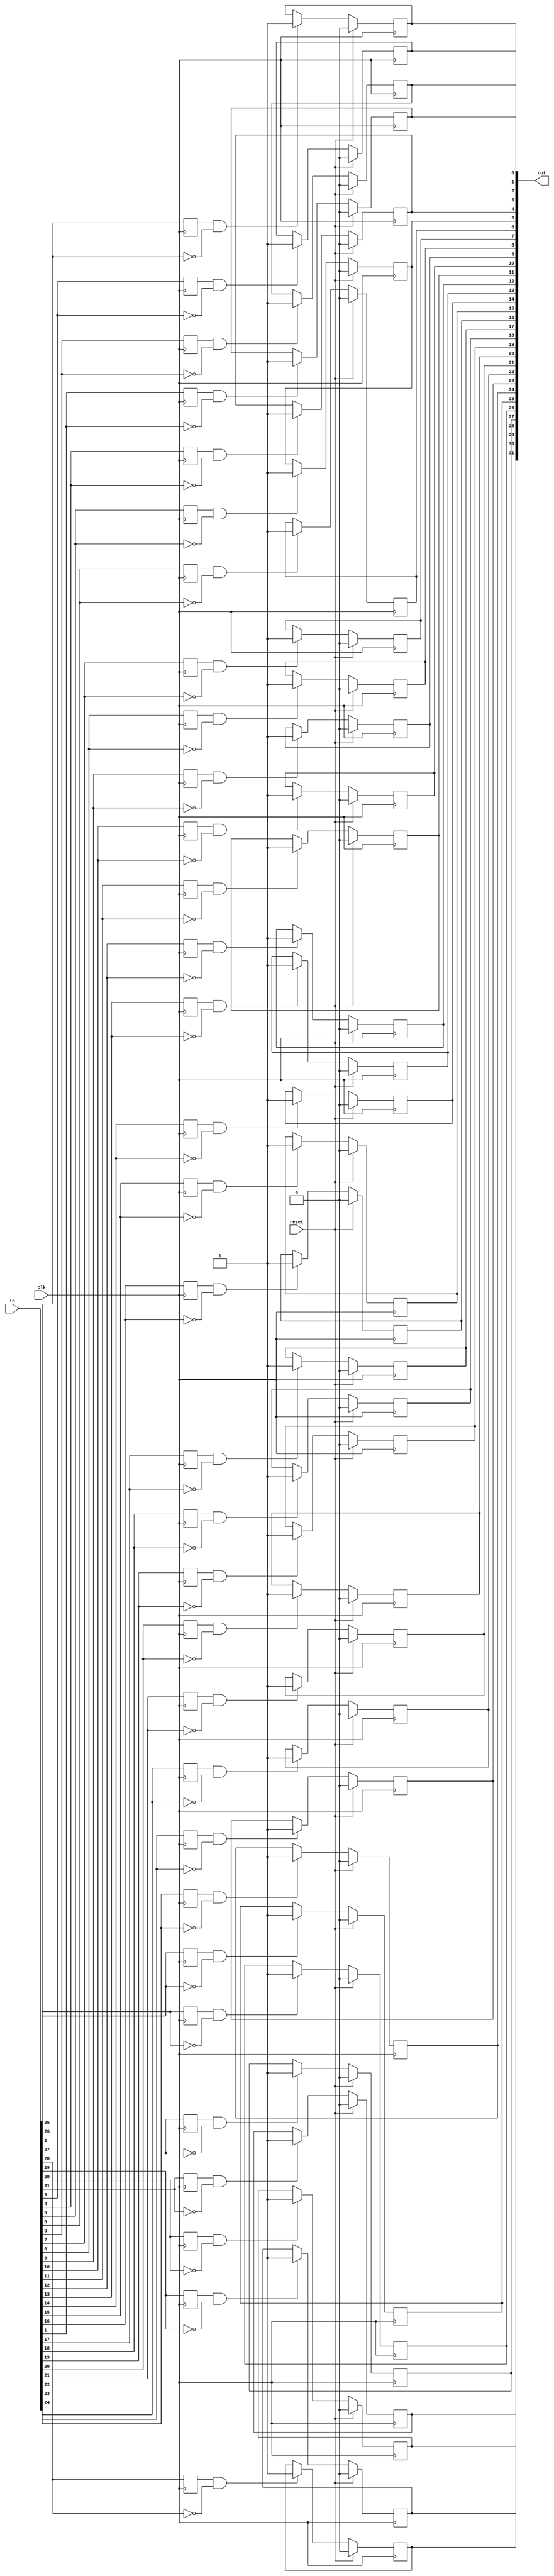
module top_module (
    input clk,
    input reset,
    input [31:0] in,
    output [31:0] out
);

    wire [31:0] set, in_prev;
    
    genvar i;
   
    generate for(i=0; i<32; i=i+1)
    begin: r_loop
    	always @(posedge clk)
        begin
           if(reset)
               out[i] <= 0;
           else if(in_prev[i] == 1 && in[i] == 0)
               out[i] <= 1;
           in_prev[i] = in[i];
        end
    end
    endgenerate         
endmodule